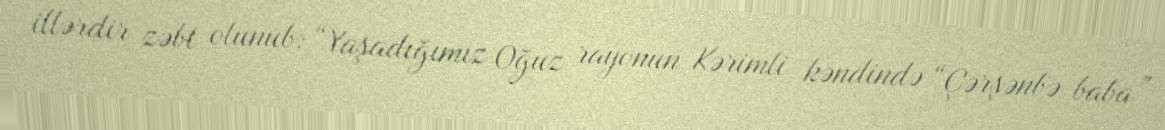
illərdir zəbt olunub: “Yaşadığımız Oğuz rayonun Kərimli kəndində “Çərşənbə baba”